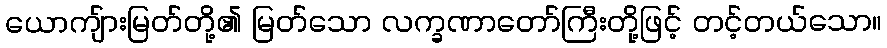
ယောကျ်ားမြတ်တို့၏ မြတ်သော လက္ခဏာတော်ကြီးတို့ဖြင့် တင့်တယ်သော။